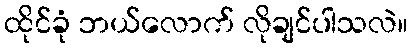
ထိုင်ခုံ ဘယ်လောက် လိုချင်ပါသလဲ။